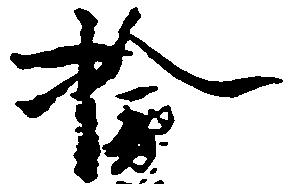
検